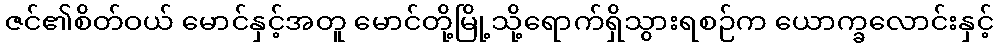
ဇင်၏စိတ်ဝယ် မောင်နှင့်အတူ မောင်တို့မြို့သို့ရောက်ရှိသွားရစဉ်က ယောက္ခလောင်းနှင့်